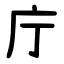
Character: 庁